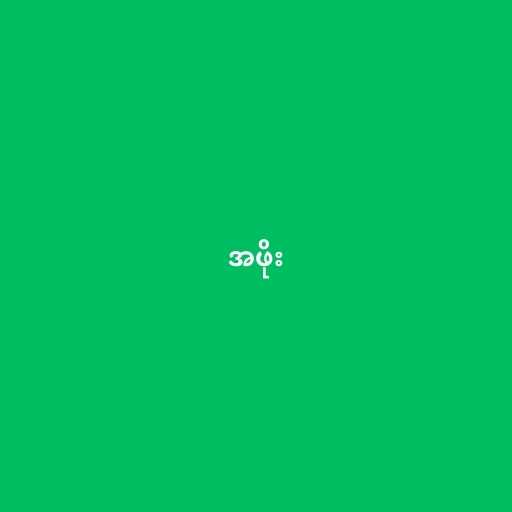
အဖိုး